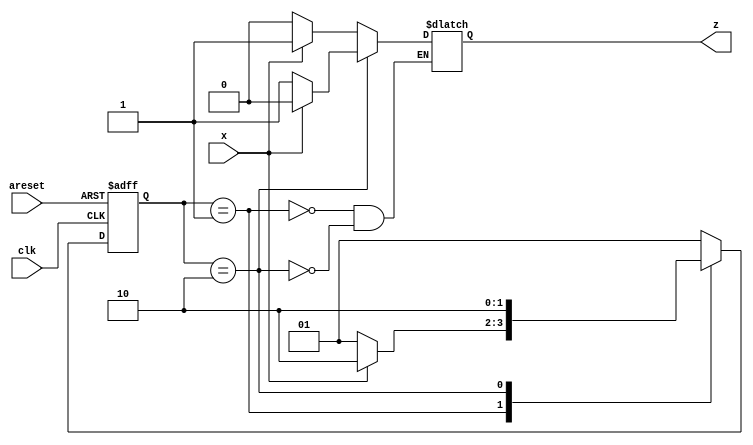
module top_module (
    input clk,
    input areset,
    input x,
    output z
); 
    parameter A = 2'b01,
              B = 2'b10;
    reg [1:0] state,next_state;

    always @(*) begin
        case (state)
            A : if (x) begin
                    next_state = B;
                end
                else begin
                    next_state = A;
                end
            B : if (x) begin
                    next_state = B;
                end
                else begin
                    next_state = B;
                end 
            default: next_state = A;
        endcase
    end

    always @(posedge clk or posedge areset) begin
        if(areset) begin
            state <= A;
        end
        else begin
            state <= next_state;
        end
    end

    always @(*) begin
        case (state)
            A : if (x) begin
                z = 1'b1;
            end
            else begin
                z = 1'b0;
            end
            B : if (x) begin
                z = 1'b0;
            end
            else begin
                z = 1'b1;
            end
        endcase
    end

endmodule